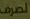
لصرف